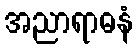
အညာရာဓနံ